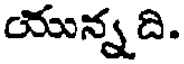
యున్నది.